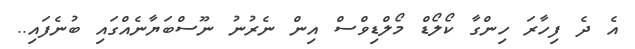
އެ ދެ ފިހާރަ ހިންގާ ކޯލޯޑް މޯލްޑިވްސް އިން ނެރުނު ނޫސްބަޔާނެއްގައި ބުނެފައި..